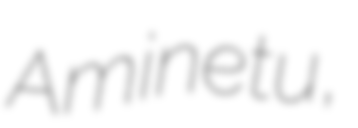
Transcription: Aminetu,